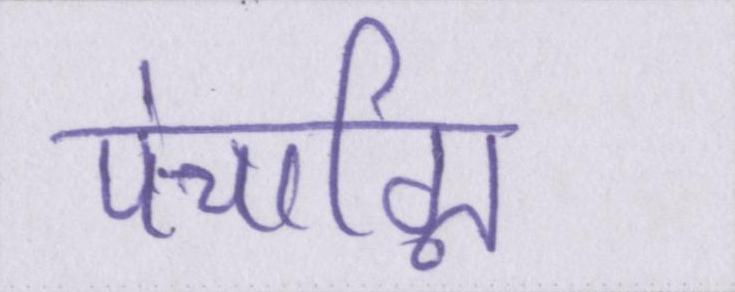
पंचाग्नि